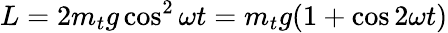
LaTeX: L=2m_{t}g\cos^{2}\omega t=m_{t}g(1+\cos 2\omega t)